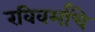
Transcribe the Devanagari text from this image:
रविवर्मांचे